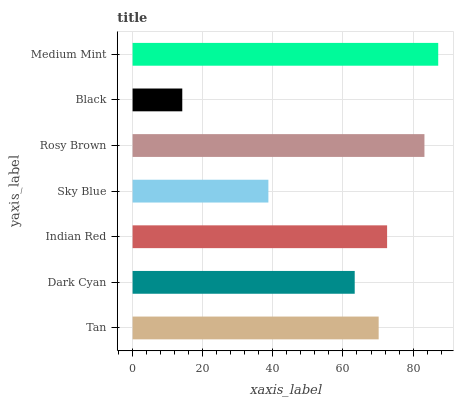
| yaxis_label | bars |
 | --- | --- |
 | Tan | 70.2 |
 | Dark Cyan | 63.4 |
 | Indian Red | 72.6 |
 | Sky Blue | 38.7 |
 | Rosy Brown | 83.2 |
 | Black | 14.2 |
 | Medium Mint | 87.2 |